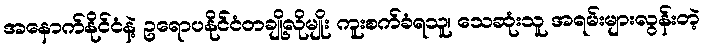
အနောက်နိုင်ငံနဲ့ ဥရောပနိုင်ငံတချို့လိုမျိုး ကူးစက်ခံရသူ၊ သေဆုံးသူ အရမ်းများလွန်းတဲ့